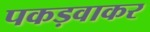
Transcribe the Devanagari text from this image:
पकड़वाकर